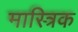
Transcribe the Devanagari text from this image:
मास्त्रिक